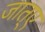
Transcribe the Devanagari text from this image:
जात्ए